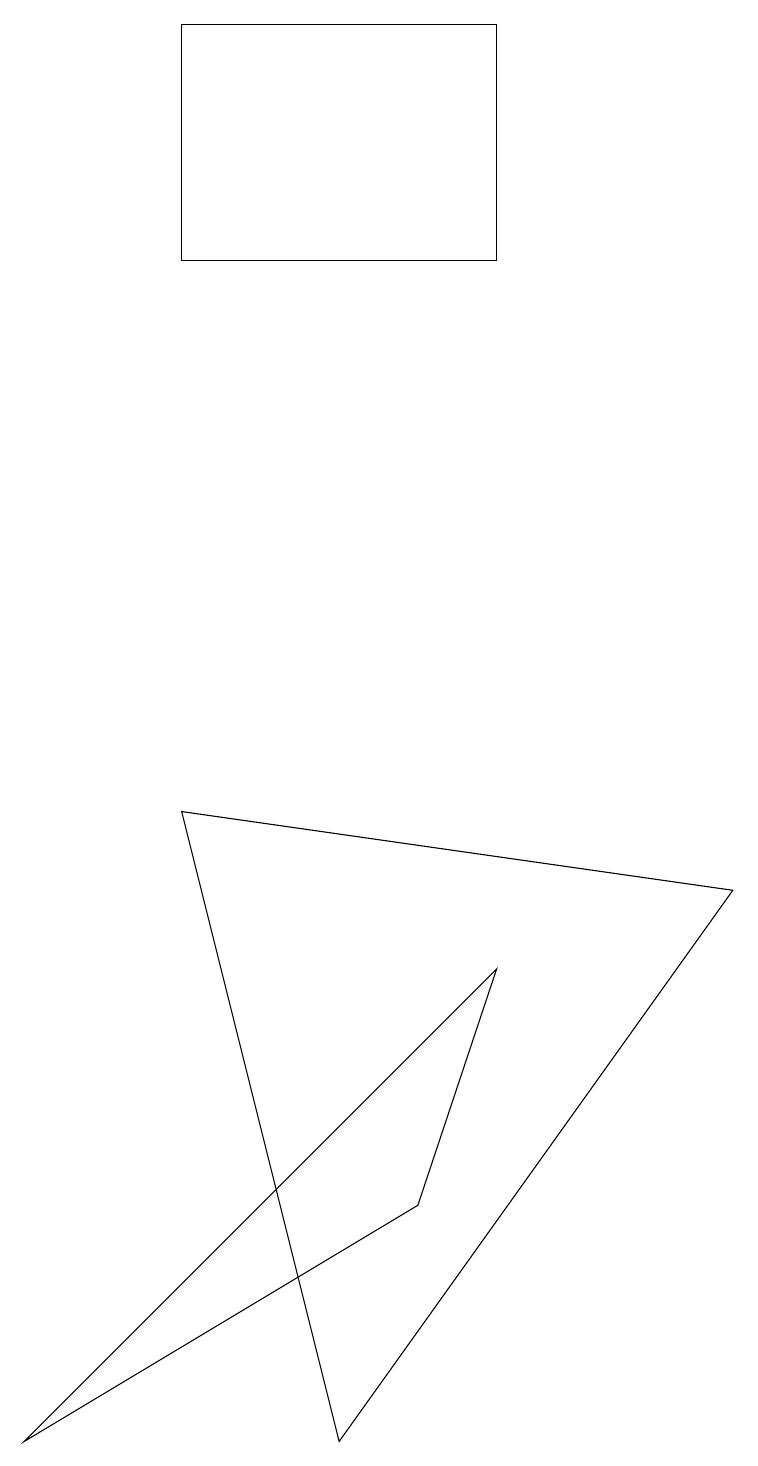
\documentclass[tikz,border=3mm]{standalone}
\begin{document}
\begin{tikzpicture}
\draw (6,18) rectangle (2,15);
\draw (2,8) -- (9,7) -- (4,0) -- cycle;
\draw (6,6) -- (0,0) -- (5,3) -- cycle;
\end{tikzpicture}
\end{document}